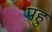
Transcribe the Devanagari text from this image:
पहु